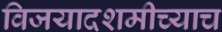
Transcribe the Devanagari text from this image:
विजयादशमीच्याच